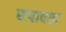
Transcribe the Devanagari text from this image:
बजावता